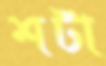
শটা